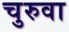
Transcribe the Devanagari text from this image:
चुरुवा